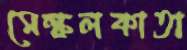
মেল্‌কলকাতা